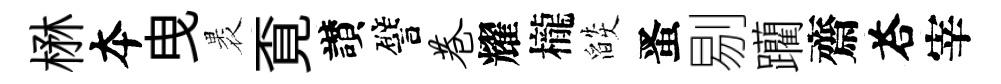
楙夲曳褁覔讃譬巷耀櫳燄󱉠剔躪齋荅宰